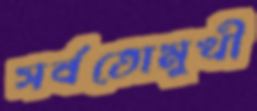
সর্বতোমুখী